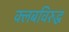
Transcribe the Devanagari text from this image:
क्लबविरुद्ध